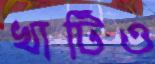
খাটিও